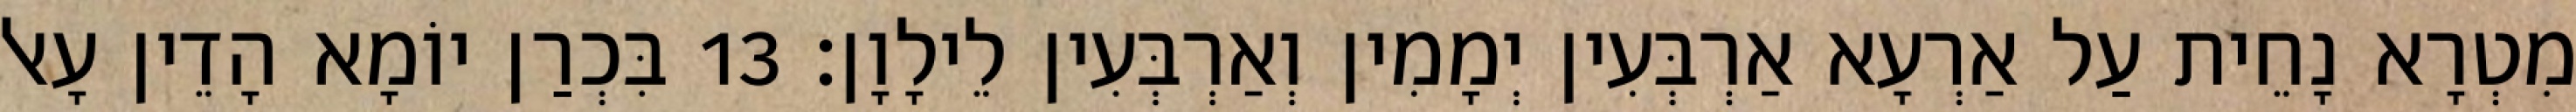
מִטְרָא נָחֵית עַל אַרְעָא אַרְבְּעִין יְמָמִין וְאַרְבְּעִין לֵילָוָן׃ 13 בִּכְרַן יוֹמָא הָדֵין עָאל